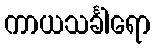
ကာယသင်္ခါရော